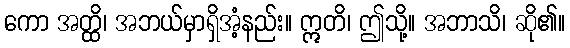
ကော အတ္ထိ၊ အဘယ်မှာရှိအံ့နည်း။ ဣတိ၊ ဤသို့။ အဘာသိ၊ ဆို၏။